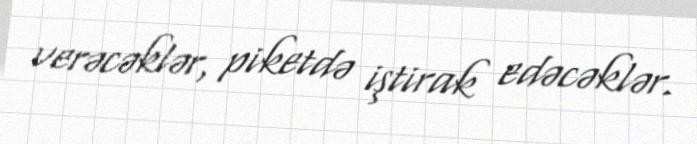
verəcəklər, piketdə iştirak edəcəklər.